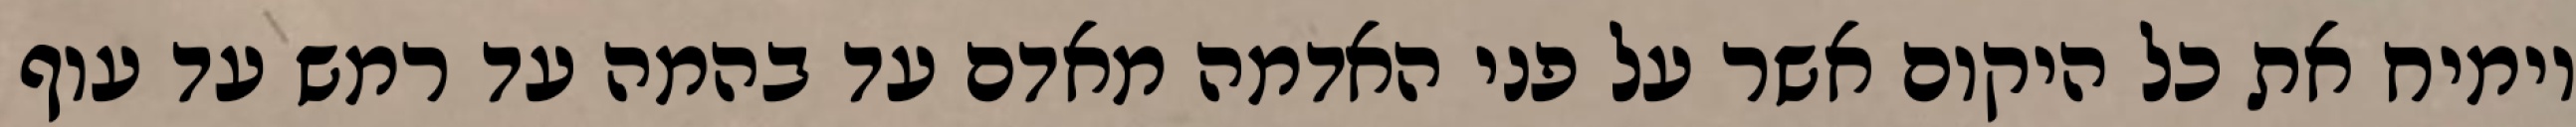
וימיח את כל היקום אשר על פני האדמה מאדם עד בהמה עד רמש עד עוף